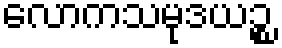
လောကသမုဒယဉ္စ